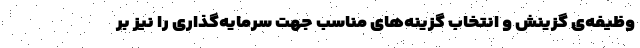
وظیفه‌ی گزینش و انتخاب گزینه‌های مناسب جهت سرمایه‌گذاری را نیز بر